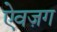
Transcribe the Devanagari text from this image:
ऐवज़ग